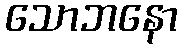
သောဘနော